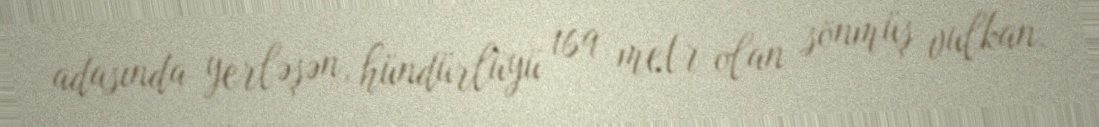
adasında yerləşən, hündürlüyü 169 metr olan sönmüş vulkan.